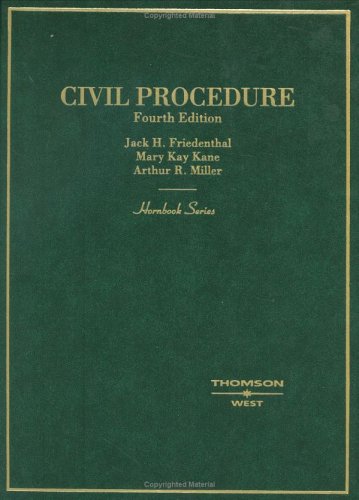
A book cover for Civil Procedure (Hornbook); Jack Friedenthal; Law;